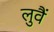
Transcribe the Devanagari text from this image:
लुवैं